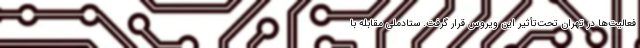
فعالیت‌ها در تهران تحت‌تأثیر این ویروس قرار گرفت. ستادملی مقابله با